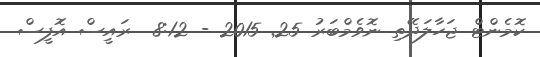
ކޮމެންޓް ޖަހާލަދޭތި ނޮވެމްބަރު 25